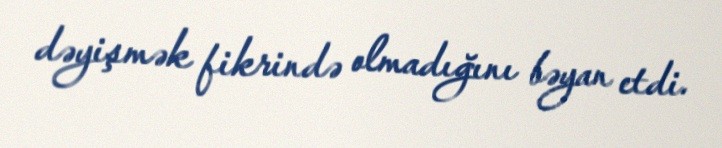
dəyişmək fikrində olmadığını bəyan etdi.